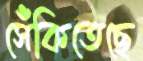
সেঁকিতেছে